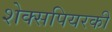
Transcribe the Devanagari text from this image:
शेक्सपियरकी